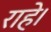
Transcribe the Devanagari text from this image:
राहे।